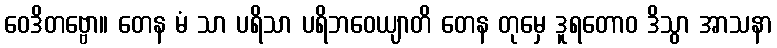
ဝေဒိတဗ္ဗော။ တေန မံ သာ ပရိသာ ပရိဘဝေယျာတိ တေန တုမှေ ဒူရတောဝ ဒိသွာ အာသနာ